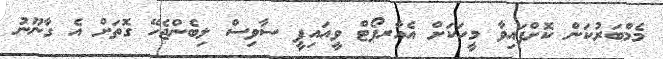
މެމްބަރުކަން ކޮށްފައިވާ މީހަކަށް އެއާރޕޯޓް ވީއައިޕީ ސާވިސް ލިބެންޖެހޭ ގޮތަށް އެ ގާނޫނު